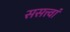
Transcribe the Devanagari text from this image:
ससत्त्वां